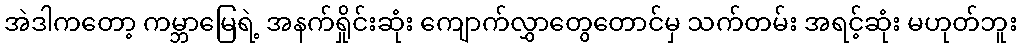
အဲဒါကတော့ ကမ္ဘာမြေရဲ့ အနက်ရှိုင်းဆုံး ကျောက်လွှာတွေတောင်မှ သက်တမ်း အရင့်ဆုံး မဟုတ်ဘူး